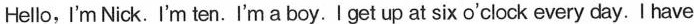
Hello, I'm Nick. I'm ten.I'm a boy. I get up at six o'clock every day. I have